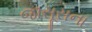
જાસૂસના